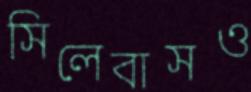
সিলেবাসও